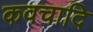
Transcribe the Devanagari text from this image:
कवचादि